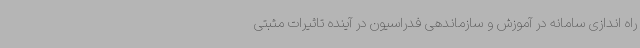
راه اندازی سامانه در آموزش و سازماندهی فدراسیون در آینده تاثیرات مثبتی